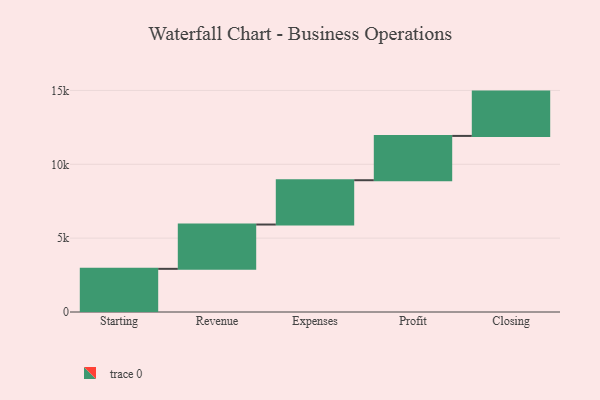
{"axis": {"x": "Step", "y": "Value"}, "legend": [""], "data": [{"x": "Starting", "y": 2922.0, "type": ""}, {"x": "Revenue", "y": 3000, "type": ""}, {"x": "Expenses", "y": 3000, "type": ""}, {"x": "Profit", "y": 3000, "type": ""}, {"x": "Closing", "y": 3000, "type": ""}]}